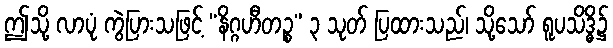
ဤသို့ လာပုံ ကွဲပြားသဖြင့် “နိဂ္ဂဟီတဉ္စ” ၃ သုတ် ပြထားသည်၊ သို့သော် ရူပသိဒ္ဓိ၌